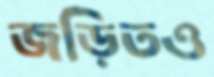
জড়িতও